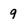
Character: 9